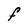
Character: F